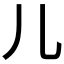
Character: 儿